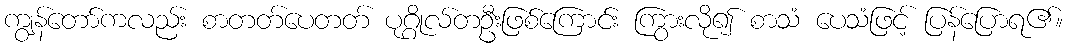
ကျွန်တော်ကလည်း စာတတ်ပေတတ် ပုဂ္ဂိုလ်တဦးဖြစ်ကြောင်း ကြွားလို၍ စာသံ ပေသံဖြင့် ပြန်ပြောရ၏။